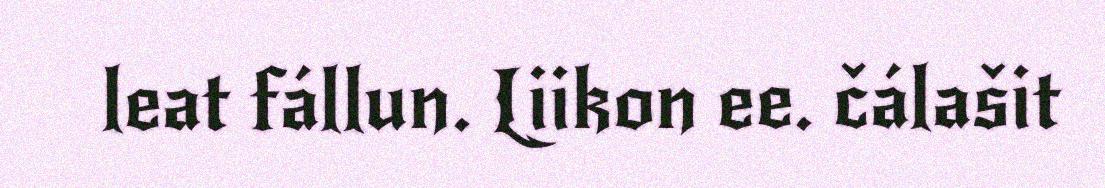
leat fállun. Liikon ee. čálašit